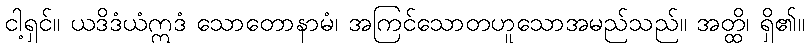
ငါ့ရှင်။ ယဒိဒံယံဣဒံ သောတောနာမံ၊ အကြင်သောတဟူသောအမည်သည်။ အတ္ထိ၊ ရှိ၏။